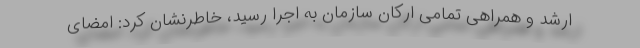
ارشد و همراهی تمامی ارکان سازمان به اجرا رسید، خاطرنشان کرد: امضای